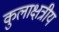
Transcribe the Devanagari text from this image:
कुलाक्षत्रीय